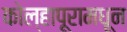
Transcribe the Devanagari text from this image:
कोल्हापूरामधून